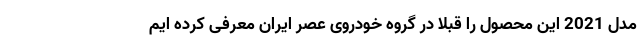
مدل 2021 این محصول را قبلا در گروه خودروی عصر ایران معرفی کرده ایم